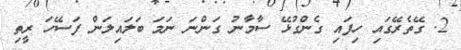
2. ގޭތެރޭގައި ހިފައި ގެންގުޅޭ ސާމާނު ގަންނަ ނަމަ ބަލައިލަން ފަސޭހަ ރީތި